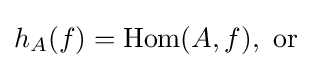
h_{A}(f)=\mathrm {Hom} (A,f),{\text{ or}}